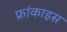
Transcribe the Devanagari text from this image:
फ्रांकाइस